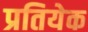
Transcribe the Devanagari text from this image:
प्रतियेक